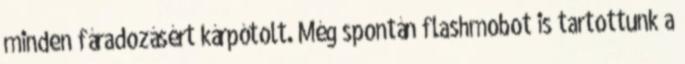
minden fáradozásért kárpótolt. Még spontán flashmobot is tartottunk a